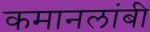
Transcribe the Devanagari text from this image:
कमानलांबी